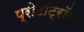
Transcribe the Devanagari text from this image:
प्रोटोट्रॉक